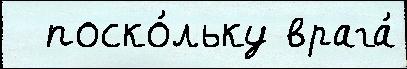
  поско́льку врага́